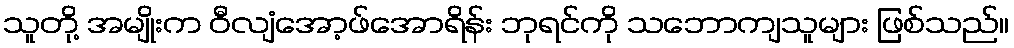
သူတို့ အမျိုးက ဝီလျံအော့ဖ်အောရိန်း ဘုရင်ကို သဘောကျသူများ ဖြစ်သည်။